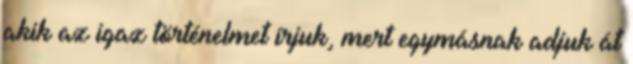
akik az igaz történelmet írjuk, mert egymásnak adjuk át